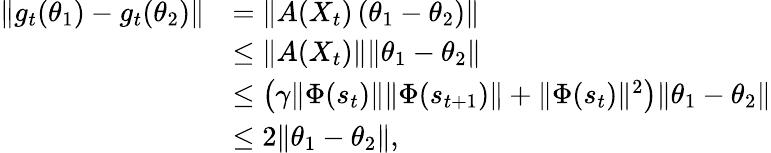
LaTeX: \begin{array}{rl}{\Vert{g}_{t}(\theta_{1})-{g}_{t}(\theta_{2})\Vert}&{=\Vert A(X_{t})\left(\theta_{1}-\theta_{2}\right)\Vert}\\ &{\leq\Vert A(X_{t})\Vert\Vert\theta_{1}-\theta_{2}\Vert}\\ &{\leq\left(\gamma\Vert\Phi(s_{t})\Vert\Vert\Phi(s_{t+1})\Vert+\Vert\Phi(s_{t})\Vert^{2}\right)\Vert\theta_{1}-\theta_{2}\Vert}\\ &{\leq 2\Vert\theta_{1}-\theta_{2}\Vert,}\end{array}